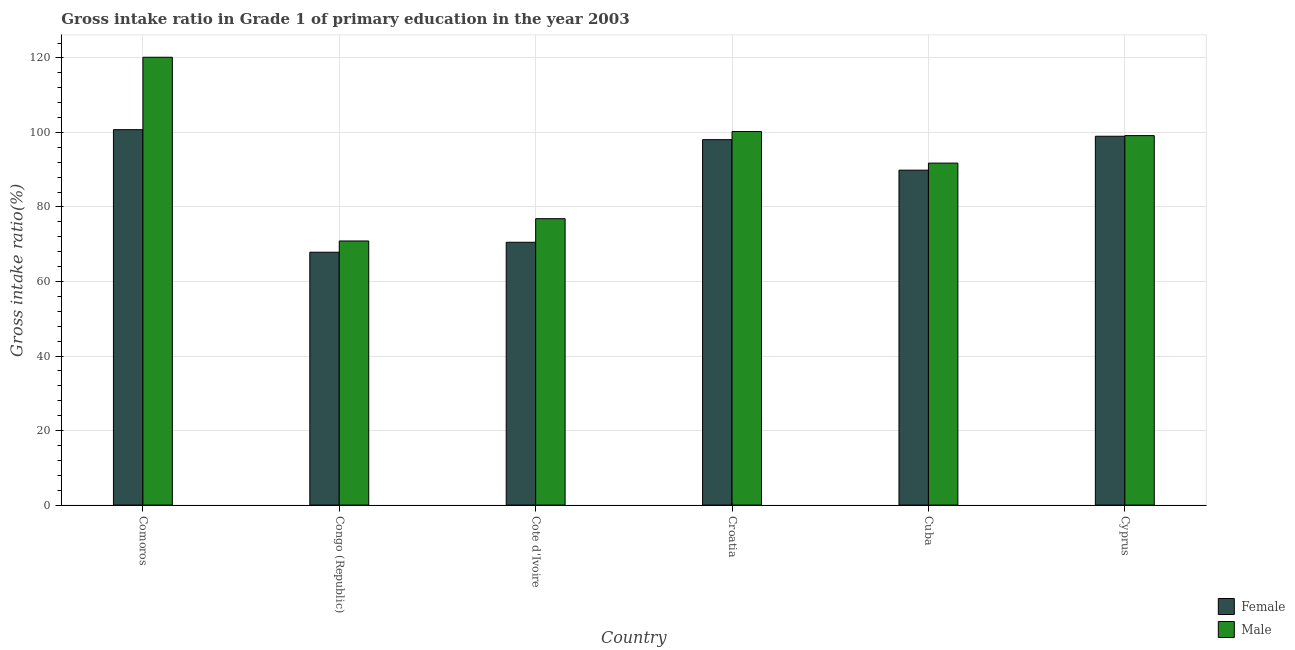
| Country | Female | Male |
 | --- | --- | --- |
 | Comoros | 101 | 120 |
 | Congo (Republic) | 67.9 | 70.9 |
 | Cote d'Ivoire | 70.5 | 76.9 |
 | Croatia | 98.1 | 100 |
 | Cuba | 89.9 | 91.8 |
 | Cyprus | 99 | 99.1 |